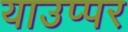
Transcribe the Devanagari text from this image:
याउप्पर